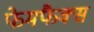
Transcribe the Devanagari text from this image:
फेमफैक्स